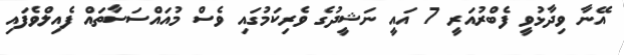
އޭނާ ވިދާޅުވީ ފެބްރުއަރީ 7 އައީ ނަޝީދުގެ ވެރިކަމުގައި ވެސް މުއައްސަސާތައް ފެއިލްވެފައި